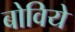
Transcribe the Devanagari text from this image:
बोविये